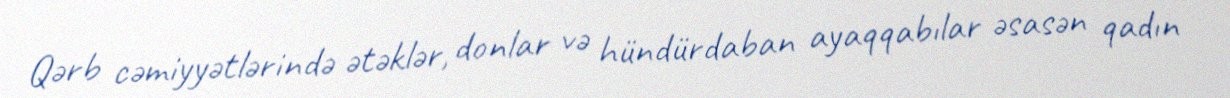
Qərb cəmiyyətlərində ətəklər, donlar və hündürdaban ayaqqabılar əsasən qadın